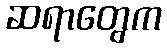
ဆရာတွေက